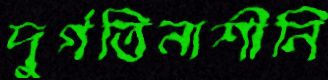
দুর্গতিনাশীনি